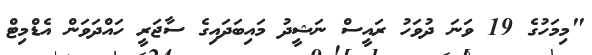
"މިމަހުގެ 19 ވަނަ ދުވަހު ރައީސް ނަޝީދު މައިބަދައިގެ ސާޖަރީ ހައްދަވަން އެޑްމިޓް